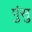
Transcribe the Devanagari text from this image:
पुंसु